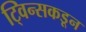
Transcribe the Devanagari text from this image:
ट्विन्सकडून